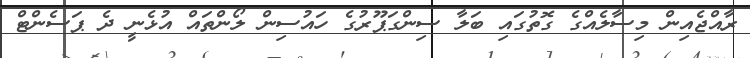
ރާއްޖެއިން މިސާލެއްގެ ގޮތުގައި ބަލާ ސިންގަޕޫރުގެ ހައުސިން ލޯންތައް އުޅެނީ ދެ ޕަސެންޓް